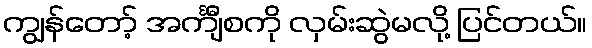
ကျွန်တော့် အင်္ကျီစကို လှမ်းဆွဲမလို့ ပြင်တယ်။